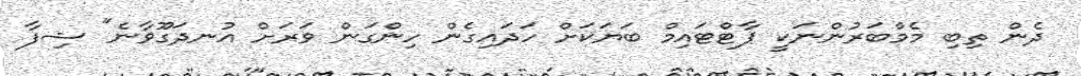
ދެން ތިބި މެމްބަރުންނަކީ ޕާޓްޓައިމް ބަޔަކަށް ހަދައިގެން ހިންގަން ވަރަށް އުނދަގޫވާނެ" ޝިފާ